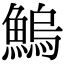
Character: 鰞